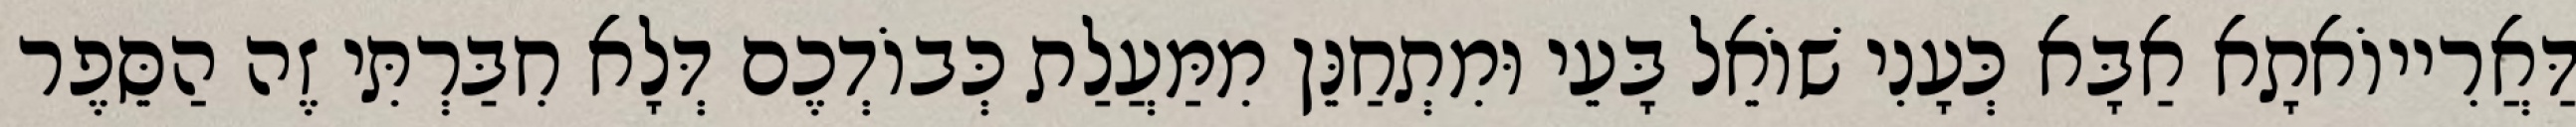
דַּאֲרִייוֹאתָא אַבָּא כְּעָנִי שׁוֹאֵל בָּעֵי וּמִתְחַנֵּן מִמַּעֲלַת כְּבוֹדְכֶם דְּלָא חִבַּרְתִּי זֶה הַסֵּפֶר